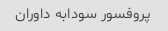
پروفسور سودابه داوران